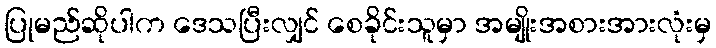
ပြုမည်ဆိုပါက ဒေသပြီးလျှင် စေခိုင်းသူမှာ အမျိုးအစားအားလုံးမှ